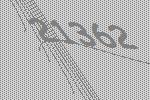
21362